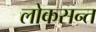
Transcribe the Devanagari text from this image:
लोकसन्त